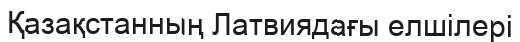
Қазақстанның Латвиядағы елшілері